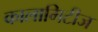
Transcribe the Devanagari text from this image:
कालामिटीज